Indian journal of veterinary science and animal husbandry - Volume 10,
Year: 1940
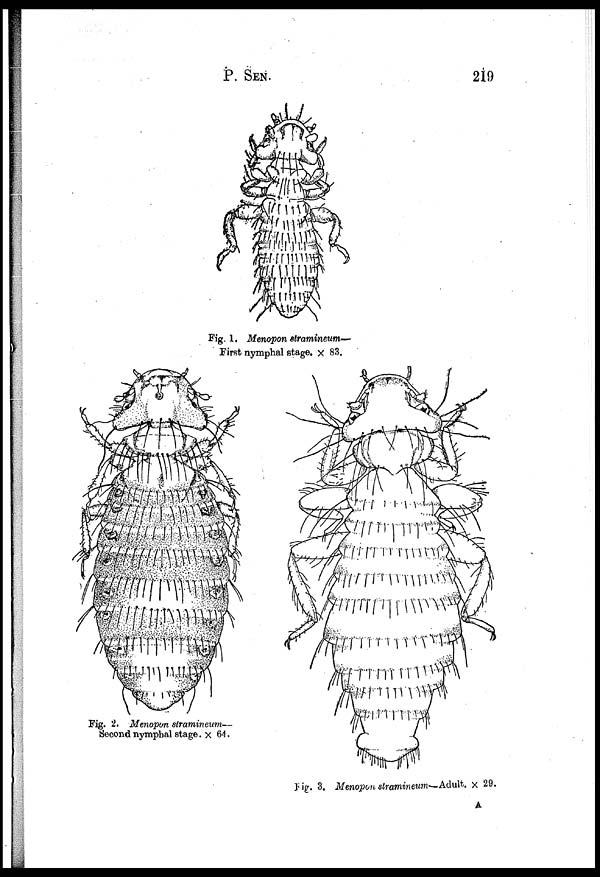
P. SEN 219
Fig. 1. Menopon stramineum—
First nymphal stage. × 83.
Fig. 2. Menopon stramineum—
Second nymphal stage. × 64.
Fig. 3. Menopon stramineum—Adult. × 29.
A